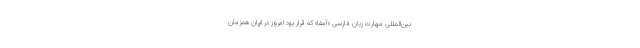
بین‌المللی مهارت زبان فارسی «آمفا» که قرار بود امروز در ایران همزمان